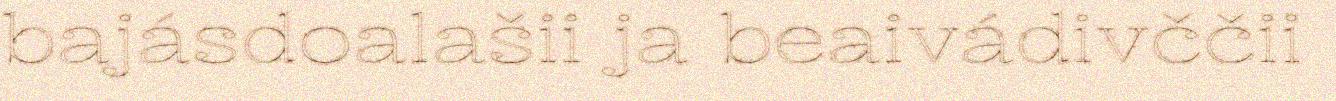
bajásdoalašii ja beaivádivččii